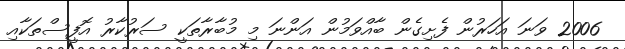
2006 ވަނަ އަހަރުން ފެށިގެން ބާއްވަމުން އަންނަ މި މުބާރާތަކީ ސަރުކާރު އޮފީސްތަކާއި